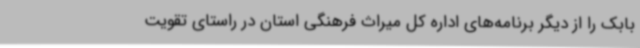
بابک را از دیگر برنامه‌های اداره کل میراث فرهنگی استان در راستای تقویت